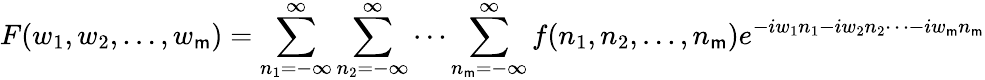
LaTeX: F(w_{1},w_{2},\dots,w_{\mathsf{m}})=\sum_{n_{1}=-\infty}^{\infty}\sum_{n_{2}=-\infty}^{\infty}\cdots\sum_{n_{\mathsf{m}}=-\infty}^{\infty}f(n_{1},n_{2},\dots,n_{\mathsf{m}})e^{-iw_{1}n_{1}-iw_{2}n_{2}\cdots-iw_{\mathsf{m}}n_{\mathsf{m}}}